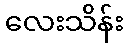
လေးသိန်း